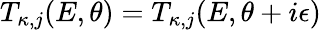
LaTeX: T_{\kappa,j}(E,\theta)=T_{\kappa,j}(E,\theta+i\epsilon)